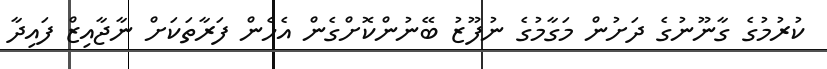
ކުރުމުގެ ގާނޫނުގެ ދަށުން މަގާމުގެ ނުފޫޒު ބޭނުންކޮށްގެން އެހެން ފަރާތަކަށް ނާޖާއިޒް ފައިދާ